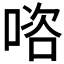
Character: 𭉊